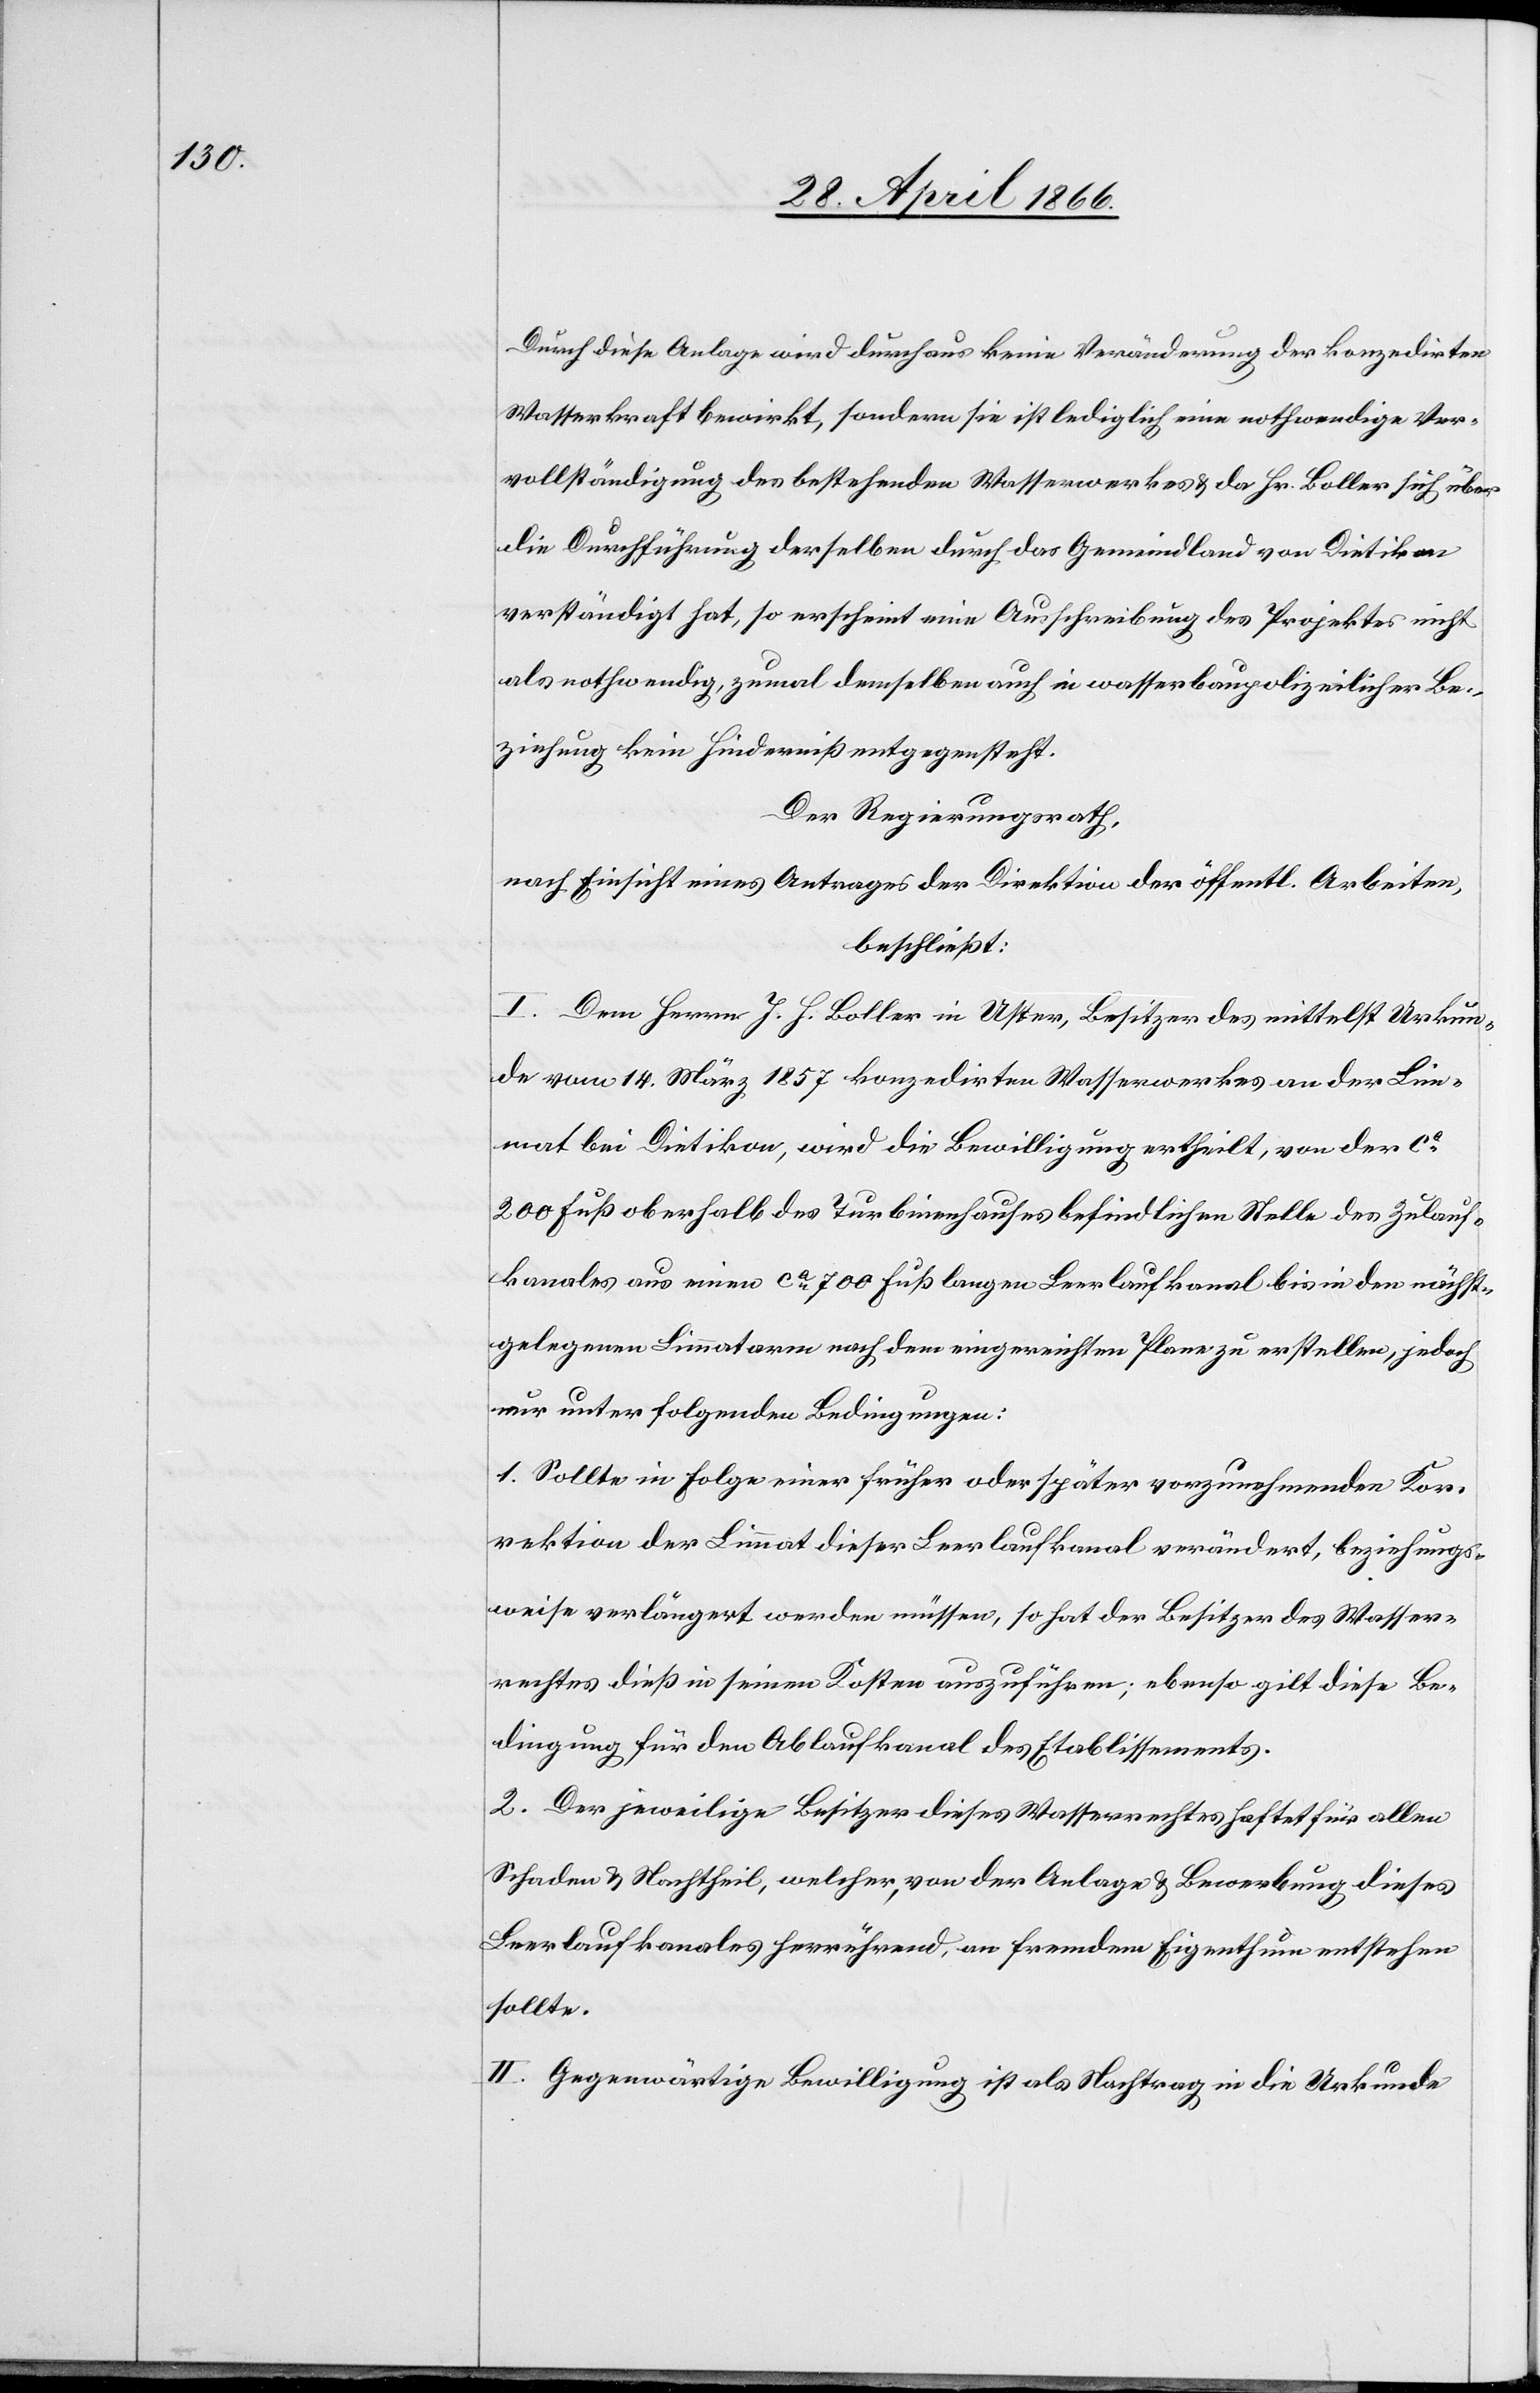
Durch diese Anlage wird durchaus keine Veränderung der konzedirten
Wasserkraft bewirkt, sondern sie ist lediglich eine nothwendige Ver¬
vollständigung des bestehenden Wasserwerkes u. da Hr. Boller sich über
die Durchführung derselben durch das Gemeindland von Dietikon
verständigt hat, so erscheint eine Ausschreibung des Projektes nicht
als nothwendig, zumal demselben auch in wasserbaupolizeilicher Be¬
ziehung kein Hinderniß entgegensteht.
Der Regierungsrath,
nach Einsicht eines Antrages der Direktion der öffentl. Arbeiten,
beschließt:
I. Dem Herrn J. H. Boller in Uster, Besitzer des mittelst Urkun¬
de vom 14. März 1857 konzedirten Wasserwerkes an der Lim¬
mat bei Dietikon, wird die Bewilligung ertheilt, von der ca.
200 Fuß oberhalb des Turbinenhauses befindlichen Stelle des Zulauf¬
kanales aus einen ca. 700 Fuß langen Leerlaufkanal bis in den nächst¬
gelegenen Limmatarm nach dem eingereichten Plane zu erstellen, jedoch
nur unter folgenden Bedingungen:
1. Sollte in Folge einer früher oder später vorzunehmenden Kor¬
rektion der Limmat dieser Leerlaufkanal verändert, beziehungs¬
weise verlängert werden müssen, so hat der Besitzer des Wasser¬
rechtes dieß in seinen Kosten auszuführen; ebenso gilt diese Be¬
dingung für den Ablaufkanal des Etablissements.
2. Der jeweilige Besitzer dieses Wasserrechtes haftet für allen
Schaden u. Nachtheil, welcher, von der Anlage u. Bewerbung dieses
Leerlaufkanales herrührend, an Fremdem Eigenthum entstehen
sollte.
II. Gegenwärtige Bewilligung ist als Nachtrag in die Urkunde